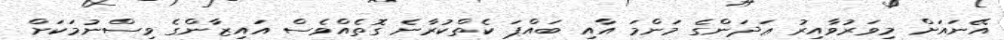
އޭނައަށް މިވަރުވާއިރު ޢަދަންގެ މަންމަ އާއި ބައްޕަ ކެތްކުރާނެ ގޮތެއްވެސް އައިޒާންގެ ވިސްނުމަކަށް